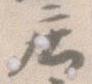
庄